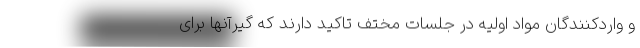
و واردکنندگان مواد اولیه در جلسات مختف تاکید دارند که گیرآنها برای